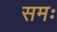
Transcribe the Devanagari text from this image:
समः